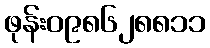
ဖုန်း၀၉၈၆၂၈၈၁၁